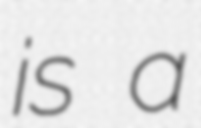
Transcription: is a